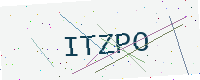
Text: ITZPO